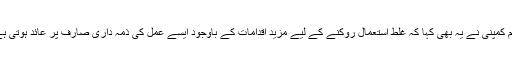
تاہم کمپنی نے یہ بھی کہا کہ غلط استعمال روکنے کے لیے مزید اقدامات کے باوجود ایسے عمل کی ذمہ داری صارف پر عائد ہوتی ہے۔